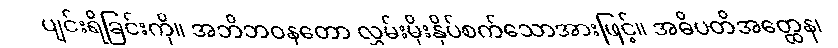
ပျင်းရိခြင်းကို။ အဘိဘဝနတော လွှမ်းမိုးနှိပ်စက်သောအားဖြင့်။ အဓိပတိအတ္ထေန၊